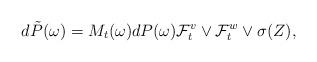
LaTeX: \begin{align*}d\tilde{P}(\omega)=M_t(\omega) dP(\omega) \mathcal{F}^{v}_t \vee \mathcal{F}_t^{w} \vee \sigma(Z),\end{align*}